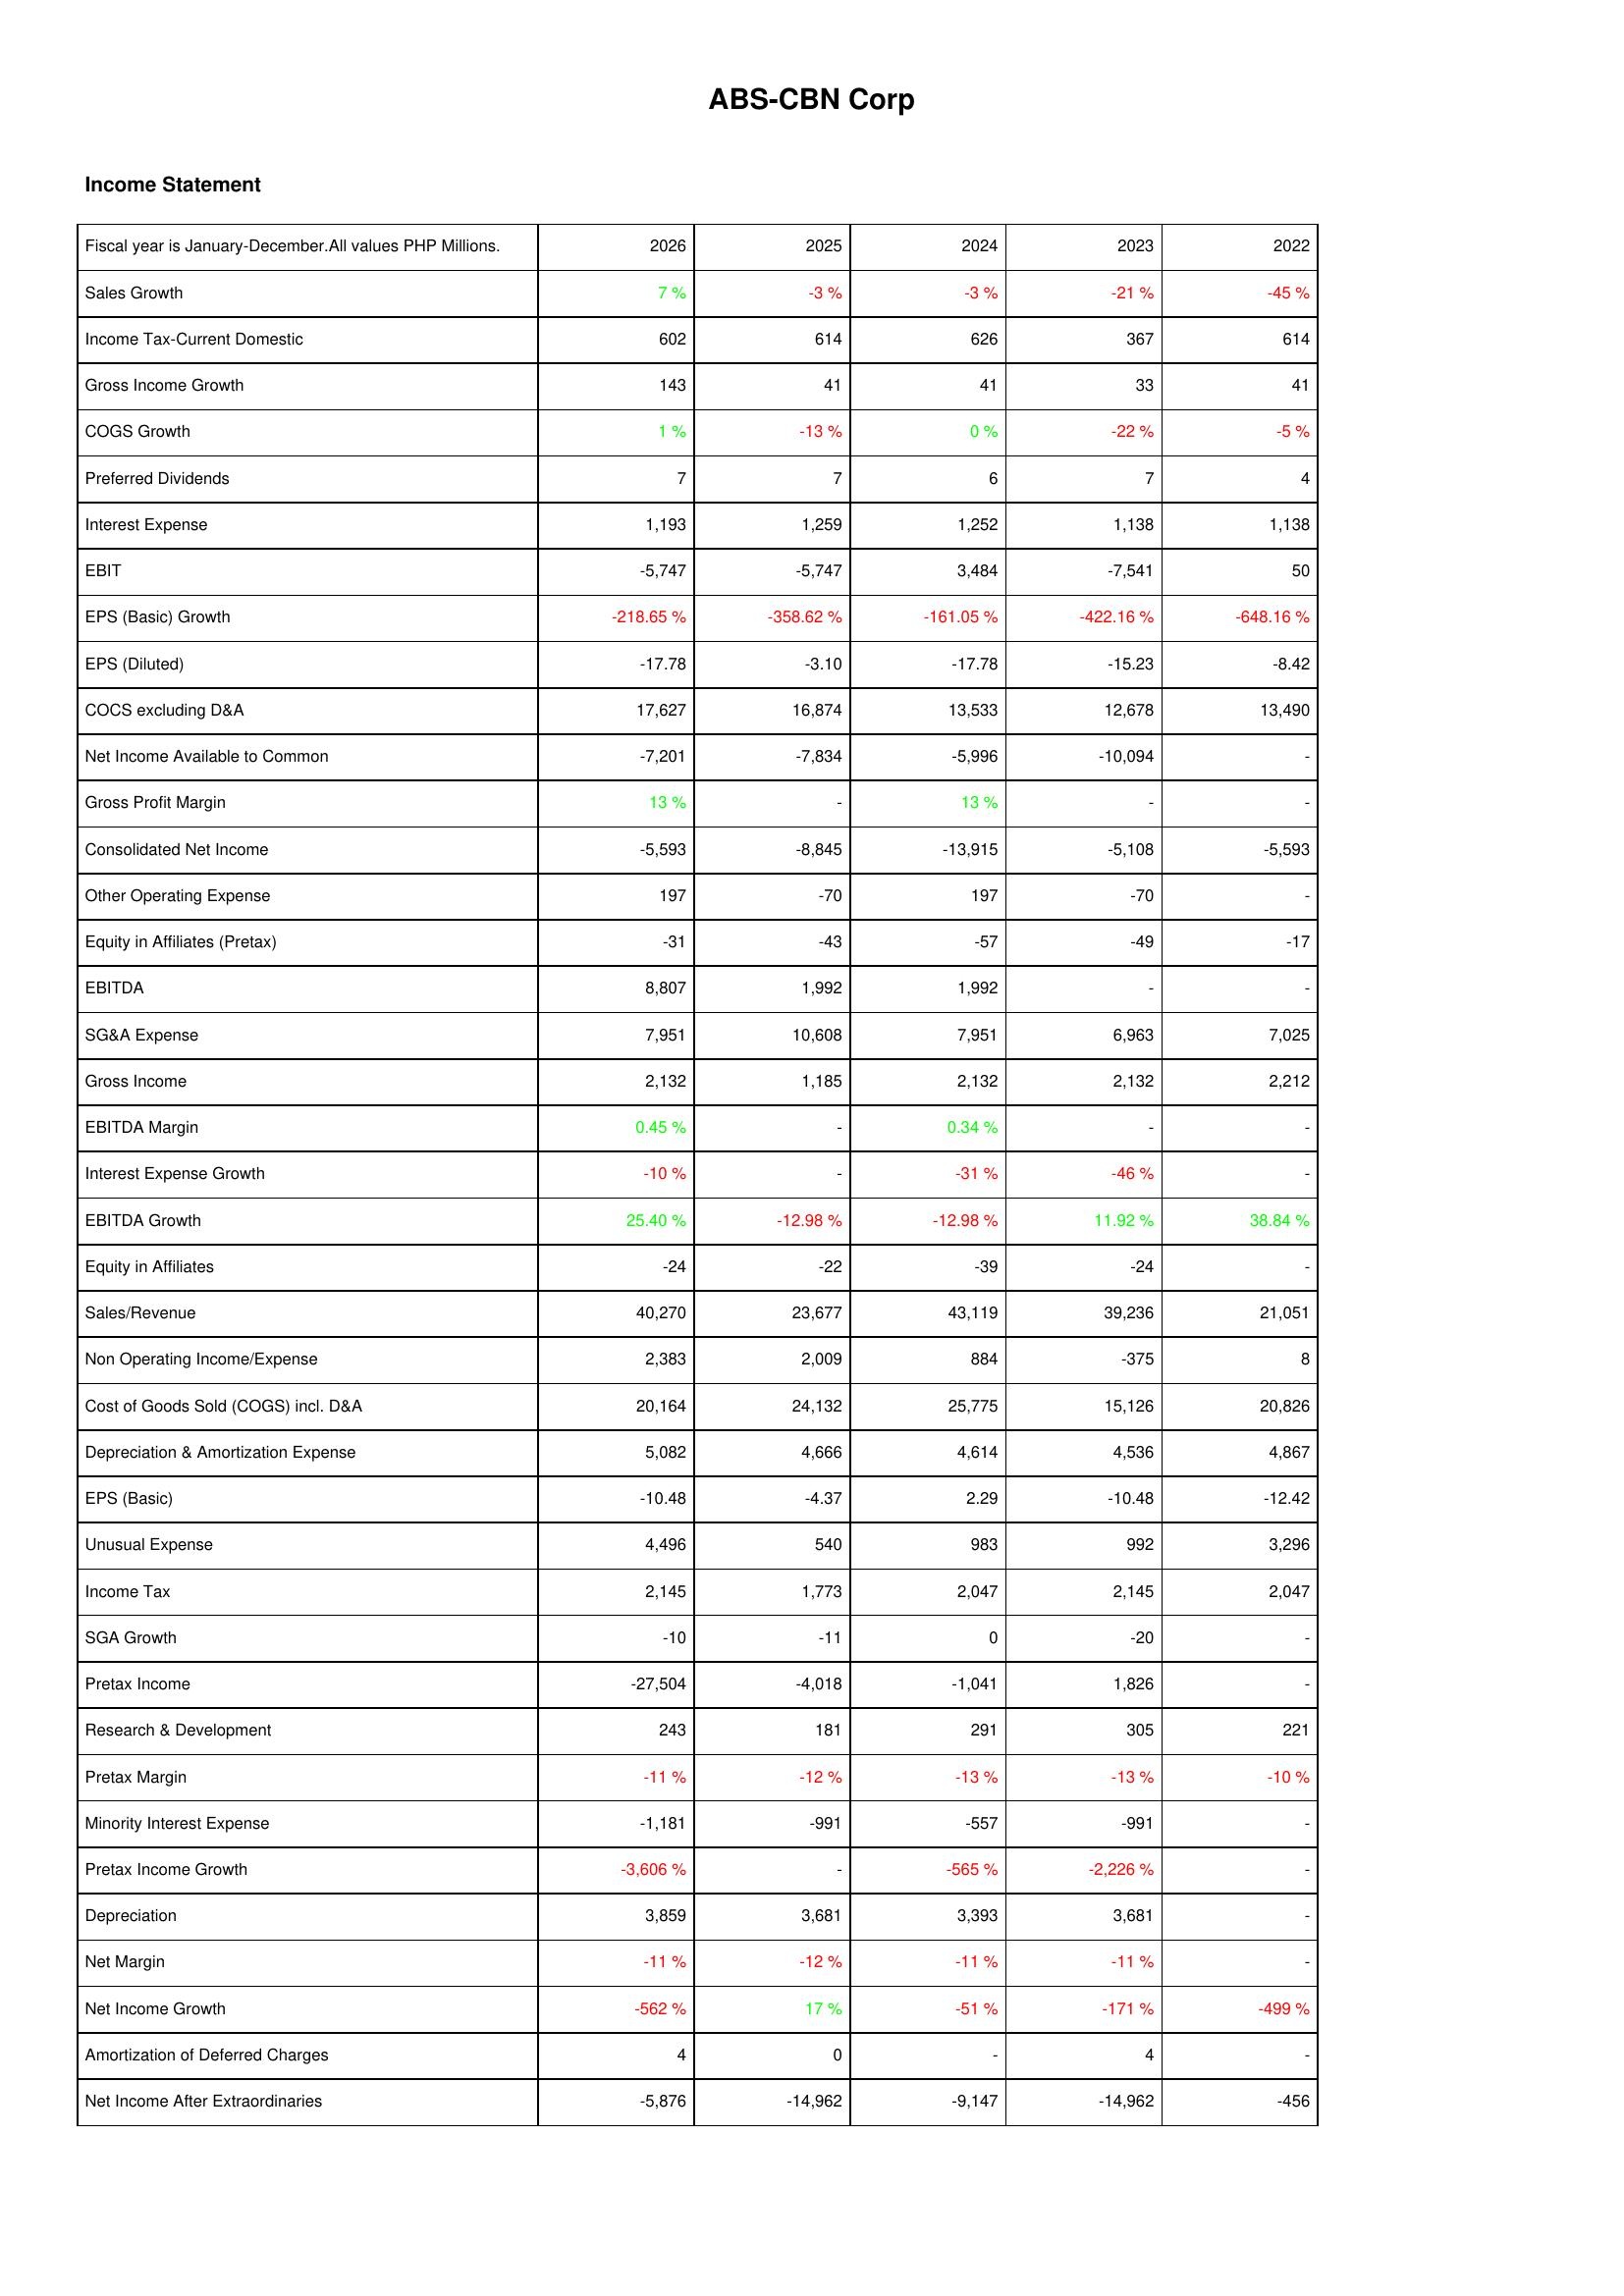
2026: Income Statement: Sales Growth: 7 %
Income Tax-Current Domestic: 602
Gross Income Growth: 143
COGS Growth: 1 %
Preferred Dividends: 7
Interest Expense: 1,193
EBIT: -5,747
EPS (Basic) Growth: -218.65 %
EPS (Diluted): -17.78
COCS excluding D&A: 17,627
Net Income Available to Common: -7,201
Gross Profit Margin: 13 %
Consolidated Net Income: -5,593
Other Operating Expense: 197
Equity in Affiliates (Pretax): -31
EBITDA: 8,807
SG&A Expense: 7,951
Gross Income: 2,132
EBITDA Margin: 0.45 %
Interest Expense Growth: -10 %
EBITDA Growth: 25.40 %
Equity in Affiliates: -24
Sales/Revenue: 40,270
Non Operating Income/Expense: 2,383
Cost of Goods Sold (COGS) incl. D&A: 20,164
Depreciation & Amortization Expense: 5,082
EPS (Basic): -10.48
Unusual Expense: 4,496
Income Tax: 2,145
SGA Growth: -10
Pretax Income: -27,504
Research & Development: 243
Pretax Margin: -11 %
Minority Interest Expense: -1,181
Pretax Income Growth: -3,606 %
Depreciation: 3,859
Net Margin: -11 %
Net Income Growth: -562 %
Amortization of Deferred Charges: 4
Net Income After Extraordinaries: -5,876
2025: Income Statement: Sales Growth: -3 %
Income Tax-Current Domestic: 614
Gross Income Growth: 41
COGS Growth: -13 %
Preferred Dividends: 7
Interest Expense: 1,259
EBIT: -5,747
EPS (Basic) Growth: -358.62 %
EPS (Diluted): -3.10
COCS excluding D&A: 16,874
Net Income Available to Common: -7,834
Gross Profit Margin: -
Consolidated Net Income: -8,845
Other Operating Expense: -70
Equity in Affiliates (Pretax): -43
EBITDA: 1,992
SG&A Expense: 10,608
Gross Income: 1,185
EBITDA Margin: -
Interest Expense Growth: -
EBITDA Growth: -12.98 %
Equity in Affiliates: -22
Sales/Revenue: 23,677
Non Operating Income/Expense: 2,009
Cost of Goods Sold (COGS) incl. D&A: 24,132
Depreciation & Amortization Expense: 4,666
EPS (Basic): -4.37
Unusual Expense: 540
Income Tax: 1,773
SGA Growth: -11
Pretax Income: -4,018
Research & Development: 181
Pretax Margin: -12 %
Minority Interest Expense: -991
Pretax Income Growth: -
Depreciation: 3,681
Net Margin: -12 %
Net Income Growth: 17 %
Amortization of Deferred Charges: 0
Net Income After Extraordinaries: -14,962
2024: Income Statement: Sales Growth: -3 %
Income Tax-Current Domestic: 626
Gross Income Growth: 41
COGS Growth: 0 %
Preferred Dividends: 6
Interest Expense: 1,252
EBIT: 3,484
EPS (Basic) Growth: -161.05 %
EPS (Diluted): -17.78
COCS excluding D&A: 13,533
Net Income Available to Common: -5,996
Gross Profit Margin: 13 %
Consolidated Net Income: -13,915
Other Operating Expense: 197
Equity in Affiliates (Pretax): -57
EBITDA: 1,992
SG&A Expense: 7,951
Gross Income: 2,132
EBITDA Margin: 0.34 %
Interest Expense Growth: -31 %
EBITDA Growth: -12.98 %
Equity in Affiliates: -39
Sales/Revenue: 43,119
Non Operating Income/Expense: 884
Cost of Goods Sold (COGS) incl. D&A: 25,775
Depreciation & Amortization Expense: 4,614
EPS (Basic): 2.29
Unusual Expense: 983
Income Tax: 2,047
SGA Growth: 0
Pretax Income: -1,041
Research & Development: 291
Pretax Margin: -13 %
Minority Interest Expense: -557
Pretax Income Growth: -565 %
Depreciation: 3,393
Net Margin: -11 %
Net Income Growth: -51 %
Amortization of Deferred Charges: -
Net Income After Extraordinaries: -9,147
2023: Income Statement: Sales Growth: -21 %
Income Tax-Current Domestic: 367
Gross Income Growth: 33
COGS Growth: -22 %
Preferred Dividends: 7
Interest Expense: 1,138
EBIT: -7,541
EPS (Basic) Growth: -422.16 %
EPS (Diluted): -15.23
COCS excluding D&A: 12,678
Net Income Available to Common: -10,094
Gross Profit Margin: -
Consolidated Net Income: -5,108
Other Operating Expense: -70
Equity in Affiliates (Pretax): -49
EBITDA: -
SG&A Expense: 6,963
Gross Income: 2,132
EBITDA Margin: -
Interest Expense Growth: -46 %
EBITDA Growth: 11.92 %
Equity in Affiliates: -24
Sales/Revenue: 39,236
Non Operating Income/Expense: -375
Cost of Goods Sold (COGS) incl. D&A: 15,126
Depreciation & Amortization Expense: 4,536
EPS (Basic): -10.48
Unusual Expense: 992
Income Tax: 2,145
SGA Growth: -20
Pretax Income: 1,826
Research & Development: 305
Pretax Margin: -13 %
Minority Interest Expense: -991
Pretax Income Growth: -2,226 %
Depreciation: 3,681
Net Margin: -11 %
Net Income Growth: -171 %
Amortization of Deferred Charges: 4
Net Income After Extraordinaries: -14,962
2022: Income Statement: Sales Growth: -45 %
Income Tax-Current Domestic: 614
Gross Income Growth: 41
COGS Growth: -5 %
Preferred Dividends: 4
Interest Expense: 1,138
EBIT: 50
EPS (Basic) Growth: -648.16 %
EPS (Diluted): -8.42
COCS excluding D&A: 13,490
Net Income Available to Common: -
Gross Profit Margin: -
Consolidated Net Income: -5,593
Other Operating Expense: -
Equity in Affiliates (Pretax): -17
EBITDA: -
SG&A Expense: 7,025
Gross Income: 2,212
EBITDA Margin: -
Interest Expense Growth: -
EBITDA Growth: 38.84 %
Equity in Affiliates: -
Sales/Revenue: 21,051
Non Operating Income/Expense: 8
Cost of Goods Sold (COGS) incl. D&A: 20,826
Depreciation & Amortization Expense: 4,867
EPS (Basic): -12.42
Unusual Expense: 3,296
Income Tax: 2,047
SGA Growth: -
Pretax Income: -
Research & Development: 221
Pretax Margin: -10 %
Minority Interest Expense: -
Pretax Income Growth: -
Depreciation: -
Net Margin: -
Net Income Growth: -499 %
Amortization of Deferred Charges: -
Net Income After Extraordinaries: -456